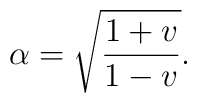
\alpha= \sqrt{\frac{1+v}{1-v}}.